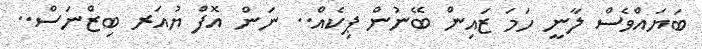
ބަޔައްވެސް ލާނީ ހަމަ ޒައިން ބޭނުން ޕިކެއް.. ނަން އޮފް ޔުއަރ ބިޒްނަސް..